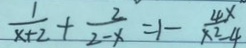
\frac { 1 } { x + 2 } + \frac { 2 } { 2 - x } = 1 - \frac { 4 x } { x ^ { 2 } - 4 }